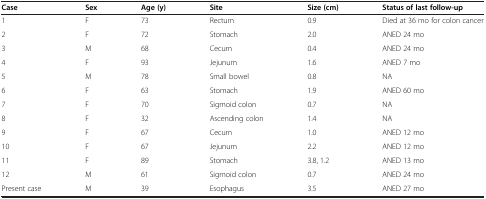
| Case | Sex | Age (y) | Site | Size (cm) | Status of last follow-up |
 | --- | --- | --- | --- | --- | --- |
 | 1 | F | 73 | Rectum | 0.9 | Died at 36 mo for colon cancer |
 | 2 | F | 72 | Stomach | 2.0 | ANED 24 mo |
 | 3 | M | 68 | Cecum | 0.4 | ANED 24 mo |
 | 4 | F | 93 | Jejunum | 1.6 | ANED 7 mo |
 | 5 | M | 78 | Small bowel | 0.8 | NA |
 | 6 | F | 63 | Stomach | 1.9 | ANED 60 mo |
 | 7 | F | 70 | Sigmoid colon | 0.7 | NA |
 | 8 | F | 32 | Ascending colon | 1.4 | NA |
 | 9 | F | 67 | Cecum | 1.0 | ANED 12 mo |
 | 10 | F | 67 | Jejunum | 2.2 | ANED 12 mo |
 | 11 | F | 89 | Stomach | 3.8, 1.2 | ANED 13 mo |
 | 12 | M | 61 | Sigmoid colon | 0.7 | ANED 24 mo |
 | Present case | M | 39 | Esophagus | 3.5 | ANED 27 mo |